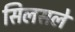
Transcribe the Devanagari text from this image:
सिलसले